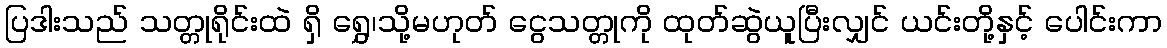
ပြဒါးသည် သတ္တုရိုင်းထဲ ရှိ ရွှေ၊သို့မဟုတ် ငွေသတ္တုကို ထုတ်ဆွဲယူပြီးလျှင် ယင်းတို့နှင့် ပေါင်းကာ